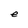
Character: e